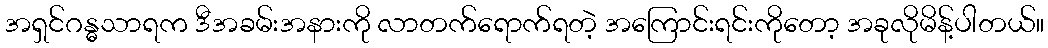
အရှင်ဂန္ဓသာရက ဒီအခမ်းအနားကို လာတက်ရောက်ရတဲ့ အကြောင်းရင်းကိုတော့ အခုလိုမိန့်ပါတယ်။